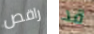
راقص قد